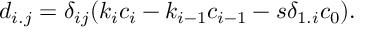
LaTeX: d _ { i . j } = \delta _ { i j } ( k _ { i } c _ { i } - k _ { i - 1 } c _ { i - 1 } - s \delta _ { 1 . i } c _ { 0 } ) .